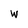
Character: w